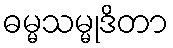
ဓမ္မသမ္မုဒိတာ